Report on malaria in the Punjab during the year ...  together with an account of the work of the Punjab Malaria Bureau - Volume 3
Disease focus: Malaria
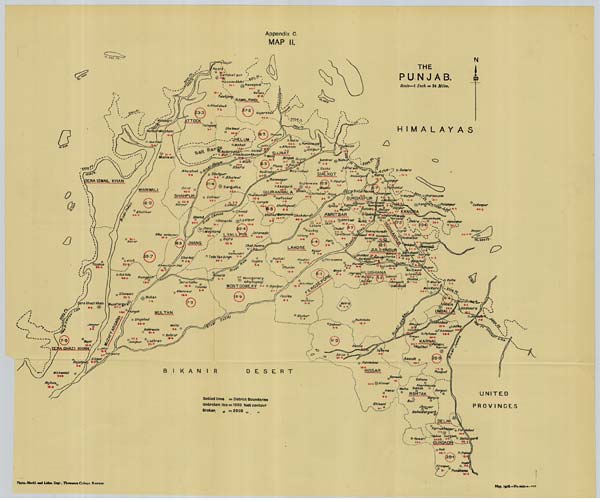
Photo.-Mechl. and Litho. Dept., Thomason College, Roorkee.
May, 1916.—No.4655-4-420